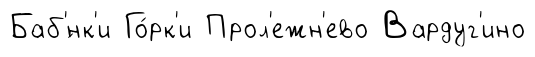
Баб'́нк'и Го́рк'и Прол'ежн'ево Вардуг'ино